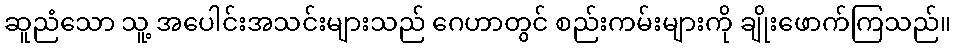
ဆူညံသော သူ့ အပေါင်းအသင်းများသည် ဂေဟာတွင် စည်းကမ်းများကို ချိုးဖောက်ကြသည်။